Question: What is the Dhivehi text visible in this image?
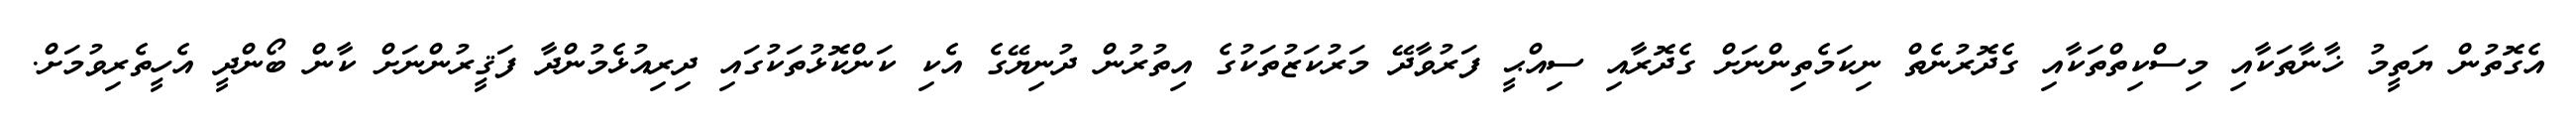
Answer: އެގޮތުން ޔަތީމު ޚާނާތަކާއި މިސްކިތްތަކާއި ގެދޮރުނެތް ނިކަމެތިންނަށް ގެދޮރާއި ސިއްޙީ ފަރުވާދޭ މަރުކަޒުތަކުގެ އިތުރުން ދުނިޔޭގެ އެކި ކަންކޮޅުތަކުގައި ދިރިއުޅެމުންދާ ފަޤީރުންނަށް ކާން ބޯންދީ އެހީތެރިވުމަށް.